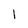
Character: l